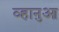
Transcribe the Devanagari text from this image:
व्हानुआ